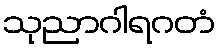
သုညာဂါရဂတံ